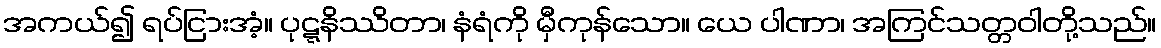
အကယ်၍ ရပ်ငြားအံ့။ ပုဋ္ဋနိဿိတာ၊ နံရံကို မှီကုန်သော။ ယေ ပါဏာ၊ အကြင်သတ္တဝါတို့သည်။